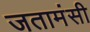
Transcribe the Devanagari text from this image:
जतामंसी